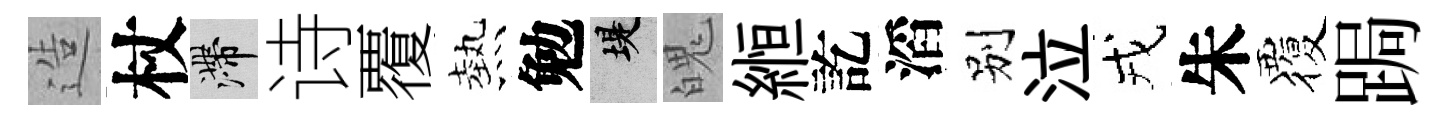
造杖滯诗覆熱勉堤魄縆訖滔别泣戎朱覆跼